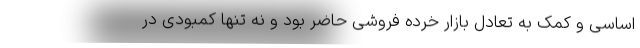
اساسی و کمک به تعادل بازار خرده فروشی حاضر بود و نه تنها کمبودی در